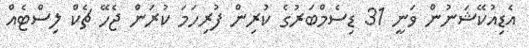
އެޑިއުކޭޝަނުން ވަނީ 31 ޑިސެމްބަރުގެ ކުރިން ފުރިހަމަ ކުރަން ޖެހޭ ޗެކް ލިސްޓެއް